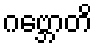
ဂဗ္ဘောတိ